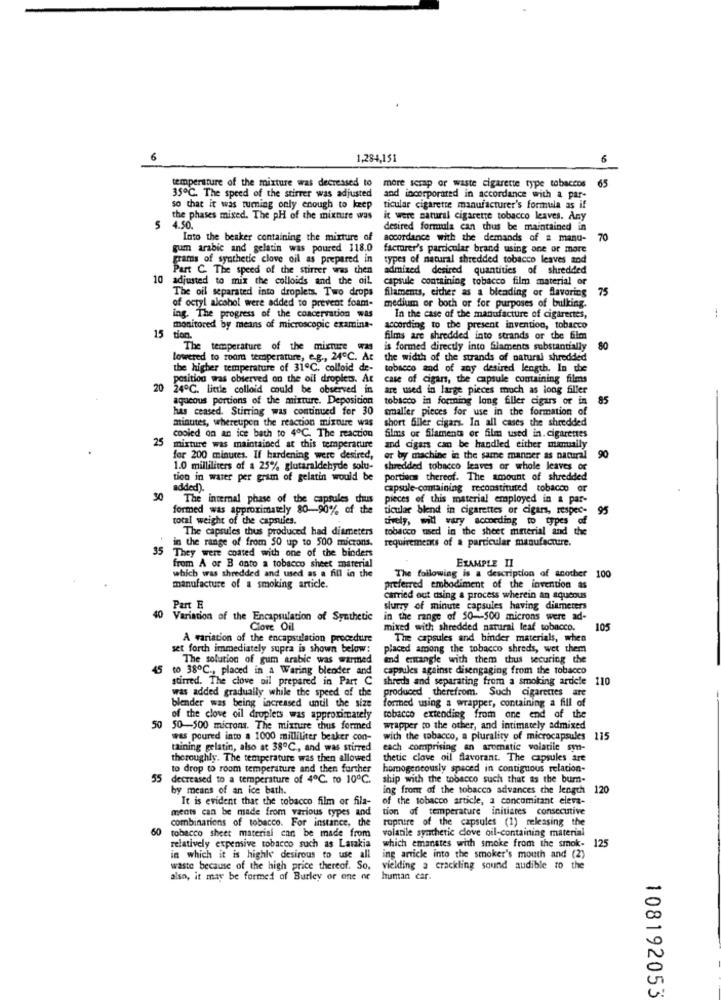
6
1,284,151
6
temperature of the mixture was decreased to
65
more scrap or waste cigarette type tobaccos
35℃. The speed of the stirrer was adjusted and incorporated in accordance with a par-
so that it was turning only enough to keep
ticular cigarette manufacturer's formula as if
the phases mixed. The pH of the mixture was
it were natural cigarette tobacco leaves. Any
5
4.50
desired formula can thus be maintained in
Into the beaker containing the mixture of
accordance with the demands of a manu- 70
gum arabic and gelatin was poured 118.0
factorer's particular brand using one or more
grams of synthetic clove oil as prepared in
types of natural shredded tobacco leaves and
Part C. The speed of the stirrer was then
admized desired quantities of shredded
10
adjusted to mix the colloids and the oil.
capsule containing tobacco film material or
The oil separated into droplets. Two drops
filaments, either as a blending or flavoring
75
of octyl alcohol were added to prevent foam-
medium or both or for purposes of bulking.
ing. The progress of the concervation was
In the case of the manufacture of cigarettes,
monitored by means of microscopic examina-
according to the present invention, tobacco
15
tion.
films are shredded into strands or the film
The temperature of the mixture was
is formed directly into filaments substantially
80
lowered to room temperature, e.g ., 24℃. At
the width of the strands of natural shredded
the higher temperature of 31℃, colloid de- tobacco and of any desired length. In the
position was observed on the oil droplets. At
case of cigars, the capsule containing films
20
24℃. little colloid could be observed in
are used in large pieces much as long filler
aqueous portions of the mixture. Deposition
tobacco in forming long filler cigars or in
85
has ceased. Stirring was continued for 30
smaller pieces for use in the formation of
minutes, whereupon the reaction mixture was
short filler cigars. In all cases the shredded
cooled on an ice bath to 4℃. The reaction
25
Sims or filaments or film used in. cigarettes
mixture was maintained at this temperature
and cigars can be handled either manually
for 200 minutes. If hardening were desired,
or by machine in the same manner as natural
90
1.0 milliliters of a 25% glutaraldehyde solu-
shredded tobacco leaves or whole leaves of
tion in water per gram of gelatin would be
portions thereof. The amount of shredded
added).
capsule-comaining reconstituted tobacco or
30
The internal phase of the capsules deus
pieces of this material employed in & par-
formed was approximately 80-90% of the
ticular blend in cigarettes or cigar, respec- 95
total weight of the capsules.
tively, will vary according to types of
The capsules thus produced had diameters
tobacco used in the sheet material and the
in the range of from 50 up to 500 microns.
requirements of a particular manufacture.
35 They were coated with one of the binders
EXAMPLE II
from A or B onto a tobacco sheet material
which was shredded and used as a fill in the
The following is a description of another 100
manufacture of a smoking article.
preferred embodiment of the invention as
carried out using a process wherein an aqueous
40
Part E
slurry of minute capsules having diameters
Variation of the Encapsulation of Synthetic
in the range of $0-500 microns were ad-
Clove Oil
mixed with shredded natural leaf tobacco.
105
A variation of the encapsulation procedure
The capsules and binder materials, when
set forth immediately supra is shown below:
placed among the tobacco shreds, wet them
The solution of gum arabic was warmed
and errangle with them thus securing the
45
to 38℃ ., placed in a Waring blender and
capsules against disengaging from the tobacco
stirred. The clove ail prepared in Part C
shreds and separating from a smoking article 110
was added gradually while the speed of the
produced therefrom. Such cigarettes are
formed using a wrapper, containing a fill of
blender was being increased until the size
of the clove oil droplets was approximately
tobacco extending from one end of the
50 50-500 microns. The mixture thus formed
wrapper to the other, and intimately admixed
was poured into a 1000 milliliter beaker con-
with the tobacco, a plurality of microcapsules 115
taining gelatin, also at 38℃ ., and was stirred
each comprising an aromatic volatile syn-
thoroughly. The temperature was then allowed
thetic clove oil flavorant. The capsules are
to drop to room temperature and then further
homogeneously spaced in contiguous relation-
55 decreased to a temperature of 4℃. to 10℃.
ship with the tobacco such that as the bum-
by means of an ice bath.
ing front of the tobacco advances the length 120
It is evident that the tobacco film or fila-
of the tobacco article, a concomitant eleva-
ments can be made from various types and
tion of temperature initiares consecutive
rupnuire of the capsules (1) releasing the
60
combinations of tobacco. For instance, the
volanile synthetic clove oil-containing material
tobacco sheet material can be made from
which emanates with smoke from the smok- 125
relatively expensive tobacco such as Larakia
in which it is highly desirous to use all
ing article into the smoker's mouth and (2)
waste because of the high price thereof. So.
vielding a crackling sound audible to the
also, it may be formed of Burley or one or
human car.
108192053